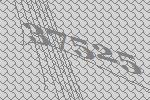
37525